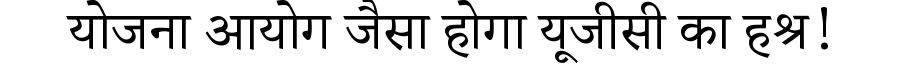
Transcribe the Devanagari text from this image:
योजना आयोग जैसा होगा यूजीसी का हश्र!